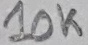
Text: 10K